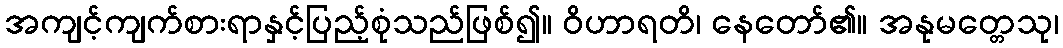
အကျင့်ကျက်စားရာနှင့်ပြည့်စုံသည်ဖြစ်၍။ ဝိဟာရတိ၊ နေတော်၏။ အနုမတ္တေသု၊